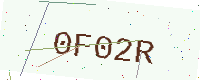
Text: 0F02R